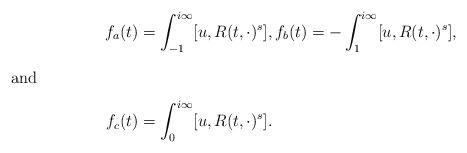
LaTeX: \begin{align*} f_a(t) & = \int_{-1}^{i\infty} [u, R(t,\cdot)^s],f_b(t) = -\int_{1}^{i\infty} [u, R(t,\cdot)^s],\intertext{and} f_c(t) & = \int_{0}^{i\infty} [u, R(t,\cdot)^s].\end{align*}